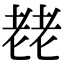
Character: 䎜